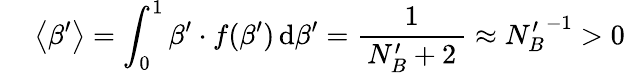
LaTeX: \quad\: \left<\beta^{\prime}\right>=\int_{0}^{1}\beta^{\prime}\cdot f(\beta^{\prime})\, \mathrm{d}\beta^{\prime}=\frac{1}{\, N_{B}^{\prime}+2\, }\approx{N_{B}^{\prime}}^{-1}>0